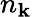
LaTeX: n_{\mathbf{k}}